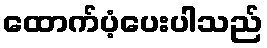
ထောက်ပံ့ပေးပါသည်